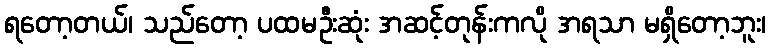
ရတော့တယ်၊ သည်တော့ ပထမဦးဆုံး အဆင့်တုန်းကလို အရသာ မရှိတော့ဘူး၊